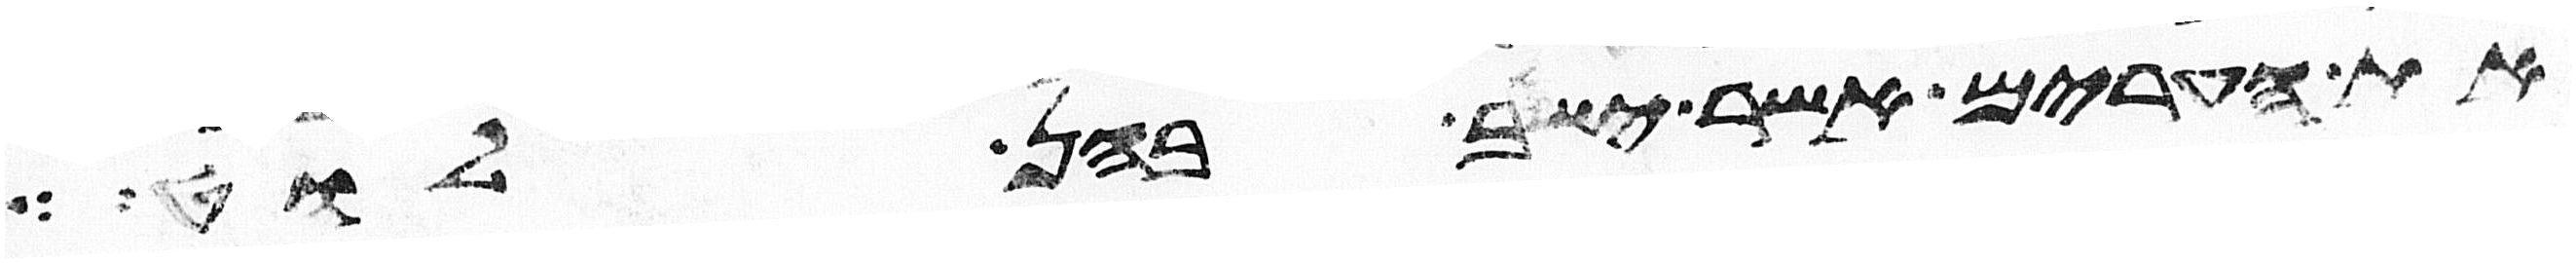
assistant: את הערים אשר ישב בהן לוט